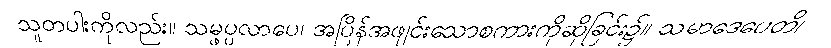
သူတပါးကိုလည်း။ သမ္ဖပ္ပလာပေ၊ အပြိန်အဖျင်းသောစကားကိုဆိုခြင်း၌။ သမာဒေပေတိ၊